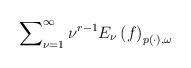
LaTeX: \begin{align*}\sum\nolimits_{\nu =1}^{\infty }\nu ^{r-1}E_{\nu }\left( f\right) _{p\left(\cdot \right) ,\omega } \end{align*}